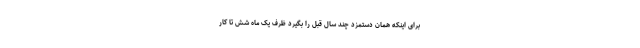
برای اینکه همان دستمزد چند سال قبل را بگیرد ظرف یک ماه شش تا کار